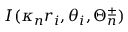
I ( \kappa _ { n } r _ { i } , \theta _ { i } , \Theta _ { n } ^ { \pm } )